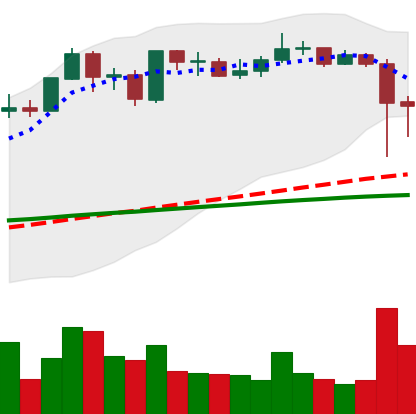
Ticker: ADA-USD
Chart end date: 2021-09-08
Forward return: -3.003%
Label: down_3_5